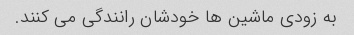
به زودی ماشین ها خودشان رانندگی می کنند.